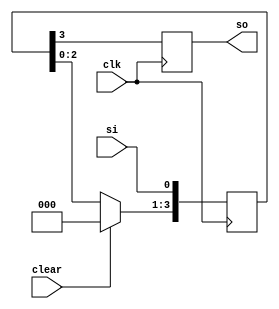
module siso_reg(
    input clk, clear, si, // Saat sinyali, temizleme sinyali, seri input
    output reg so         // Seri output
);

    reg [3:0] tmp;         // 4-bitlik geici

    always @(posedge clk)  // Pozitif kenar iin ilem
    begin
        if (clear)
            tmp <= 4'b0000; // Temizleme durumunda, tmp'yi sfrla
        else
            tmp <= tmp << 1; // Dier durumlarda tmp'yi sola kaydr
        tmp[0] <= si;        // Seri girii tmp'nin en dk bitine at
        so = tmp[3];         // Seri k tmp'nin en yksek bitine ata
    end

endmodule